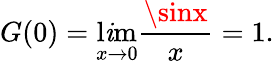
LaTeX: G(0)=\operatorname*{l\mathit{i}m}_{x\rightarrow0}{\frac{{\sinx}}{{x}}}=1.